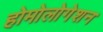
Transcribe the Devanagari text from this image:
होमोलोगेशन